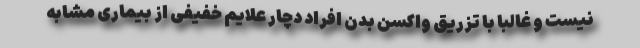
نیست و غالبا با تزریق واکسن بدن افراد دچار علایم خفیفی از بیماری مشابه